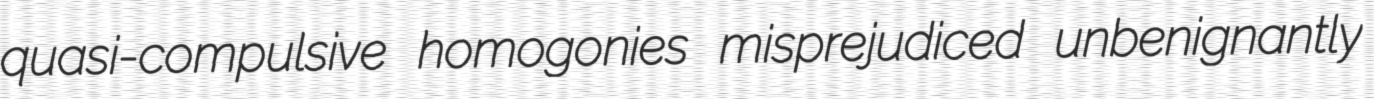
quasi-compulsive homogonies misprejudiced unbenignantly